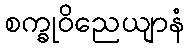
စက္ခုဝိညေယျာနံ